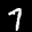
Label: 7